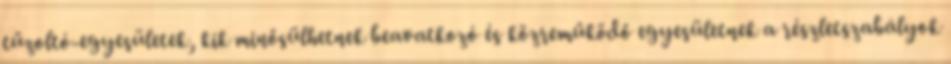
tűzoltó-egyesületek, kik minősülhetnek beavatkozó és közreműködő egyesületnek a részletszabályok